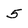
Character: 5